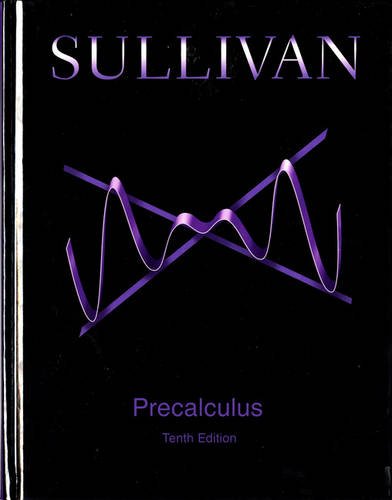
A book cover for Precalculus (10th Edition); Michael Sullivan; Science & Math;